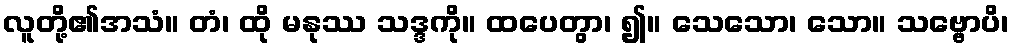
လူတို့၏အသံ။ တံ၊ ထို မနုဿ သဒ္ဒကို။ ထပေတွာ၊ ၍။ သေသော၊ သော။ သဗ္ဗောပိ၊